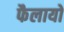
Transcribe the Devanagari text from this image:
फैलायो